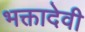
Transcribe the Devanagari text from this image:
भक्तादेवी